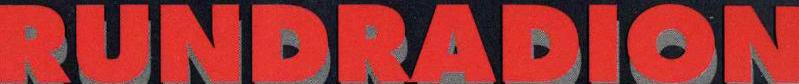
RUNDRADION